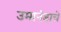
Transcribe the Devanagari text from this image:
उमानंडाचे